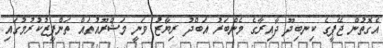
އެގޮތުން ޖޭޕީގެ ކިނބިދޫ ދާއިރާގެ މެންބަރު އަބްދު ރިޔާޒު ވަނީ މަޝްރޫއުތައް ތަންފީޒުކުރުމުގައި